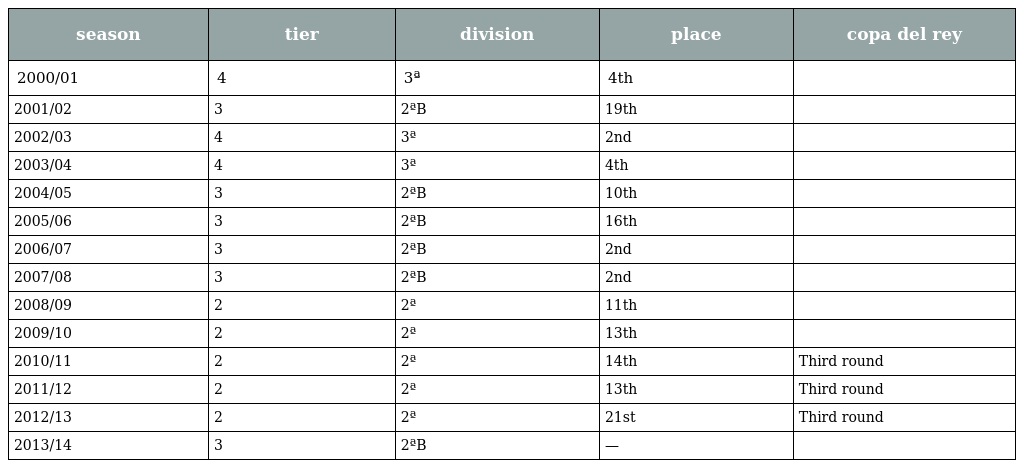
| season | tier | division | place | copa del rey |
 | --- | --- | --- | --- | --- |
 | 2000/01 | 4 | 3ª | 4th |  |
 | 2001/02 | 3 | 2ªB | 19th |  |
 | 2002/03 | 4 | 3ª | 2nd |  |
 | 2003/04 | 4 | 3ª | 4th |  |
 | 2004/05 | 3 | 2ªB | 10th |  |
 | 2005/06 | 3 | 2ªB | 16th |  |
 | 2006/07 | 3 | 2ªB | 2nd |  |
 | 2007/08 | 3 | 2ªB | 2nd |  |
 | 2008/09 | 2 | 2ª | 11th |  |
 | 2009/10 | 2 | 2ª | 13th |  |
 | 2010/11 | 2 | 2ª | 14th | Third round |
 | 2011/12 | 2 | 2ª | 13th | Third round |
 | 2012/13 | 2 | 2ª | 21st | Third round |
 | 2013/14 | 3 | 2ªB | — |  |